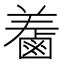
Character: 𪉤